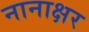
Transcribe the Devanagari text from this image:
नानाक्षर